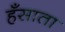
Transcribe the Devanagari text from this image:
हँसाता